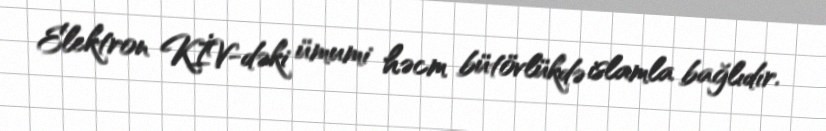
Elektron KİV-dəki ümumi həcm bütövlükdə islamla bağlıdır.